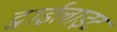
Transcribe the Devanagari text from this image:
ट्वाईलाइट